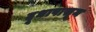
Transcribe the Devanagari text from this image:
दूधापासून